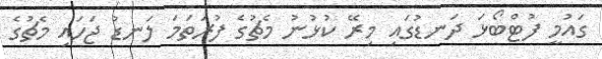
ގައުމީ ފުޓްބޯޅަ ދަނޑުގައި މިރޭ ކުޅުނު މެޗުގެ ފުރަތަމަ ލަނޑު ޖަހައި މެޗުގެ